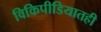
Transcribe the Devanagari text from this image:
विकिपीडियातही